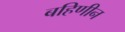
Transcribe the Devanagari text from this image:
बहिणीन